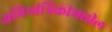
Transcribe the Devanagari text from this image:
अभियांत्रिकीमधील